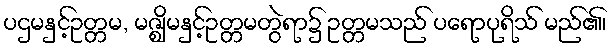
ပဌမနှင့်ဥတ္တမ, မဇ္ဈိမနှင့်ဥတ္တမတွဲရာ၌ ဥတ္တမသည် ပရောပုရိသ် မည်၏၊